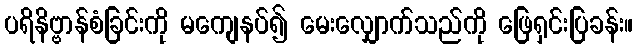
ပရိနိဗ္ဗာန်စံခြင်းကို မကျေနပ်၍ မေးလျှောက်သည်ကို ဖြေရှင်းပြခန်း။